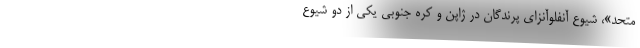
متحد»، شیوع آنفلوآنزای پرندگان در ژاپن و کرهٔ جنوبی یکی از دو شیوعِ